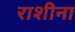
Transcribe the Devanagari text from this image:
राशीना